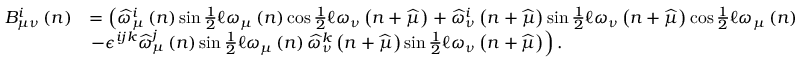
\begin{array} { r l } { B _ { \mu \nu } ^ { i } \left( n \right) } & { = \left( \widehat { \omega } _ { \mu } ^ { i } \left( n \right) \sin \frac { 1 } { 2 } \mathcal { \ell } \omega _ { \mu } \left( n \right) \cos \frac { 1 } { 2 } \mathcal { \ell } \omega _ { \nu } \left( n + \widehat { \mu } \right) + \widehat { \omega } _ { \nu } ^ { i } \left( n + \widehat { \mu } \right) \sin \frac { 1 } { 2 } \mathcal { \ell } \omega _ { \nu } \left( n + \widehat { \mu } \right) \cos \frac { 1 } { 2 } \mathcal { \ell } \omega _ { \mu } \left( n \right) \right. } \\ & { \left. - \epsilon ^ { i j k } \widehat { \omega } _ { \mu } ^ { j } \left( n \right) \sin \frac { 1 } { 2 } \mathcal { \ell } \omega _ { \mu } \left( n \right) \widehat { \omega } _ { \nu } ^ { k } \left( n + \widehat { \mu } \right) \sin \frac { 1 } { 2 } \mathcal { \ell } \omega _ { \nu } \left( n + \widehat { \mu } \right) \right) . } \end{array}